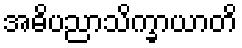
အဓိပညာသိက္ခာယာတိ